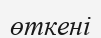
өткені